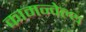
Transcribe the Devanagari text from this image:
कामन्वेल्थ